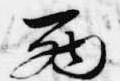
西